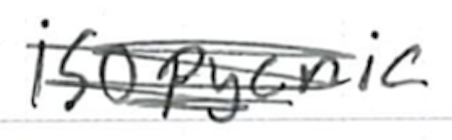
Text: isopycnic
Cross-out: scratch
Writing tool: ballpoint